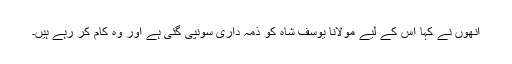
انھوں نے کہا اس کے لیے مولانا یوسف شاہ کو ذمہ داری سونپی گئی ہے اور وہ کام کر رہے ہیں۔